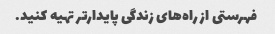
فهرستی از راه‌های زندگی پایدارتر تهیه کنید.